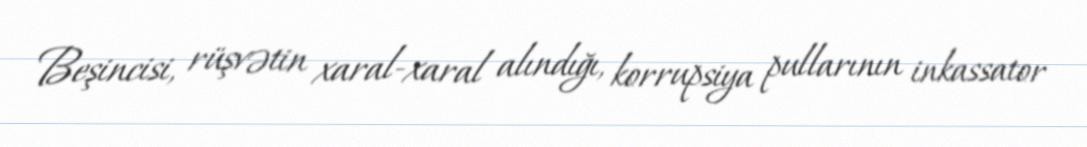
Beşincisi, rüşvətin xaral-xaral alındığı, korrupsiya pullarının inkassator